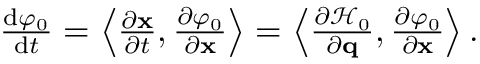
\begin{array} { r } { \frac { \mathrm { d } \varphi _ { 0 } } { \mathrm { d } t } = \left\langle \frac { \partial \mathbf { x } } { \partial t } , \frac { \partial \varphi _ { 0 } } { \partial \mathbf { x } } \right\rangle = \left\langle \frac { \partial \mathcal { H } _ { 0 } } { \partial \mathbf { q } } , \frac { \partial \varphi _ { 0 } } { \partial \mathbf { x } } \right\rangle . } \end{array}